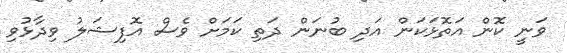
ވަނީ ކޮން އަތޮޅަކަން އަދި ބުނަން ދަތި ކަމަށް ވެސް އޮފިޝަލު ވިދާޅުވި